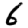
Digit: 6